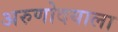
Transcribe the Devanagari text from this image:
अरुणोदयाला